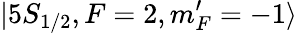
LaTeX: |5S_{1/2},F=2,m_{F}^{\prime}=-1\rangle